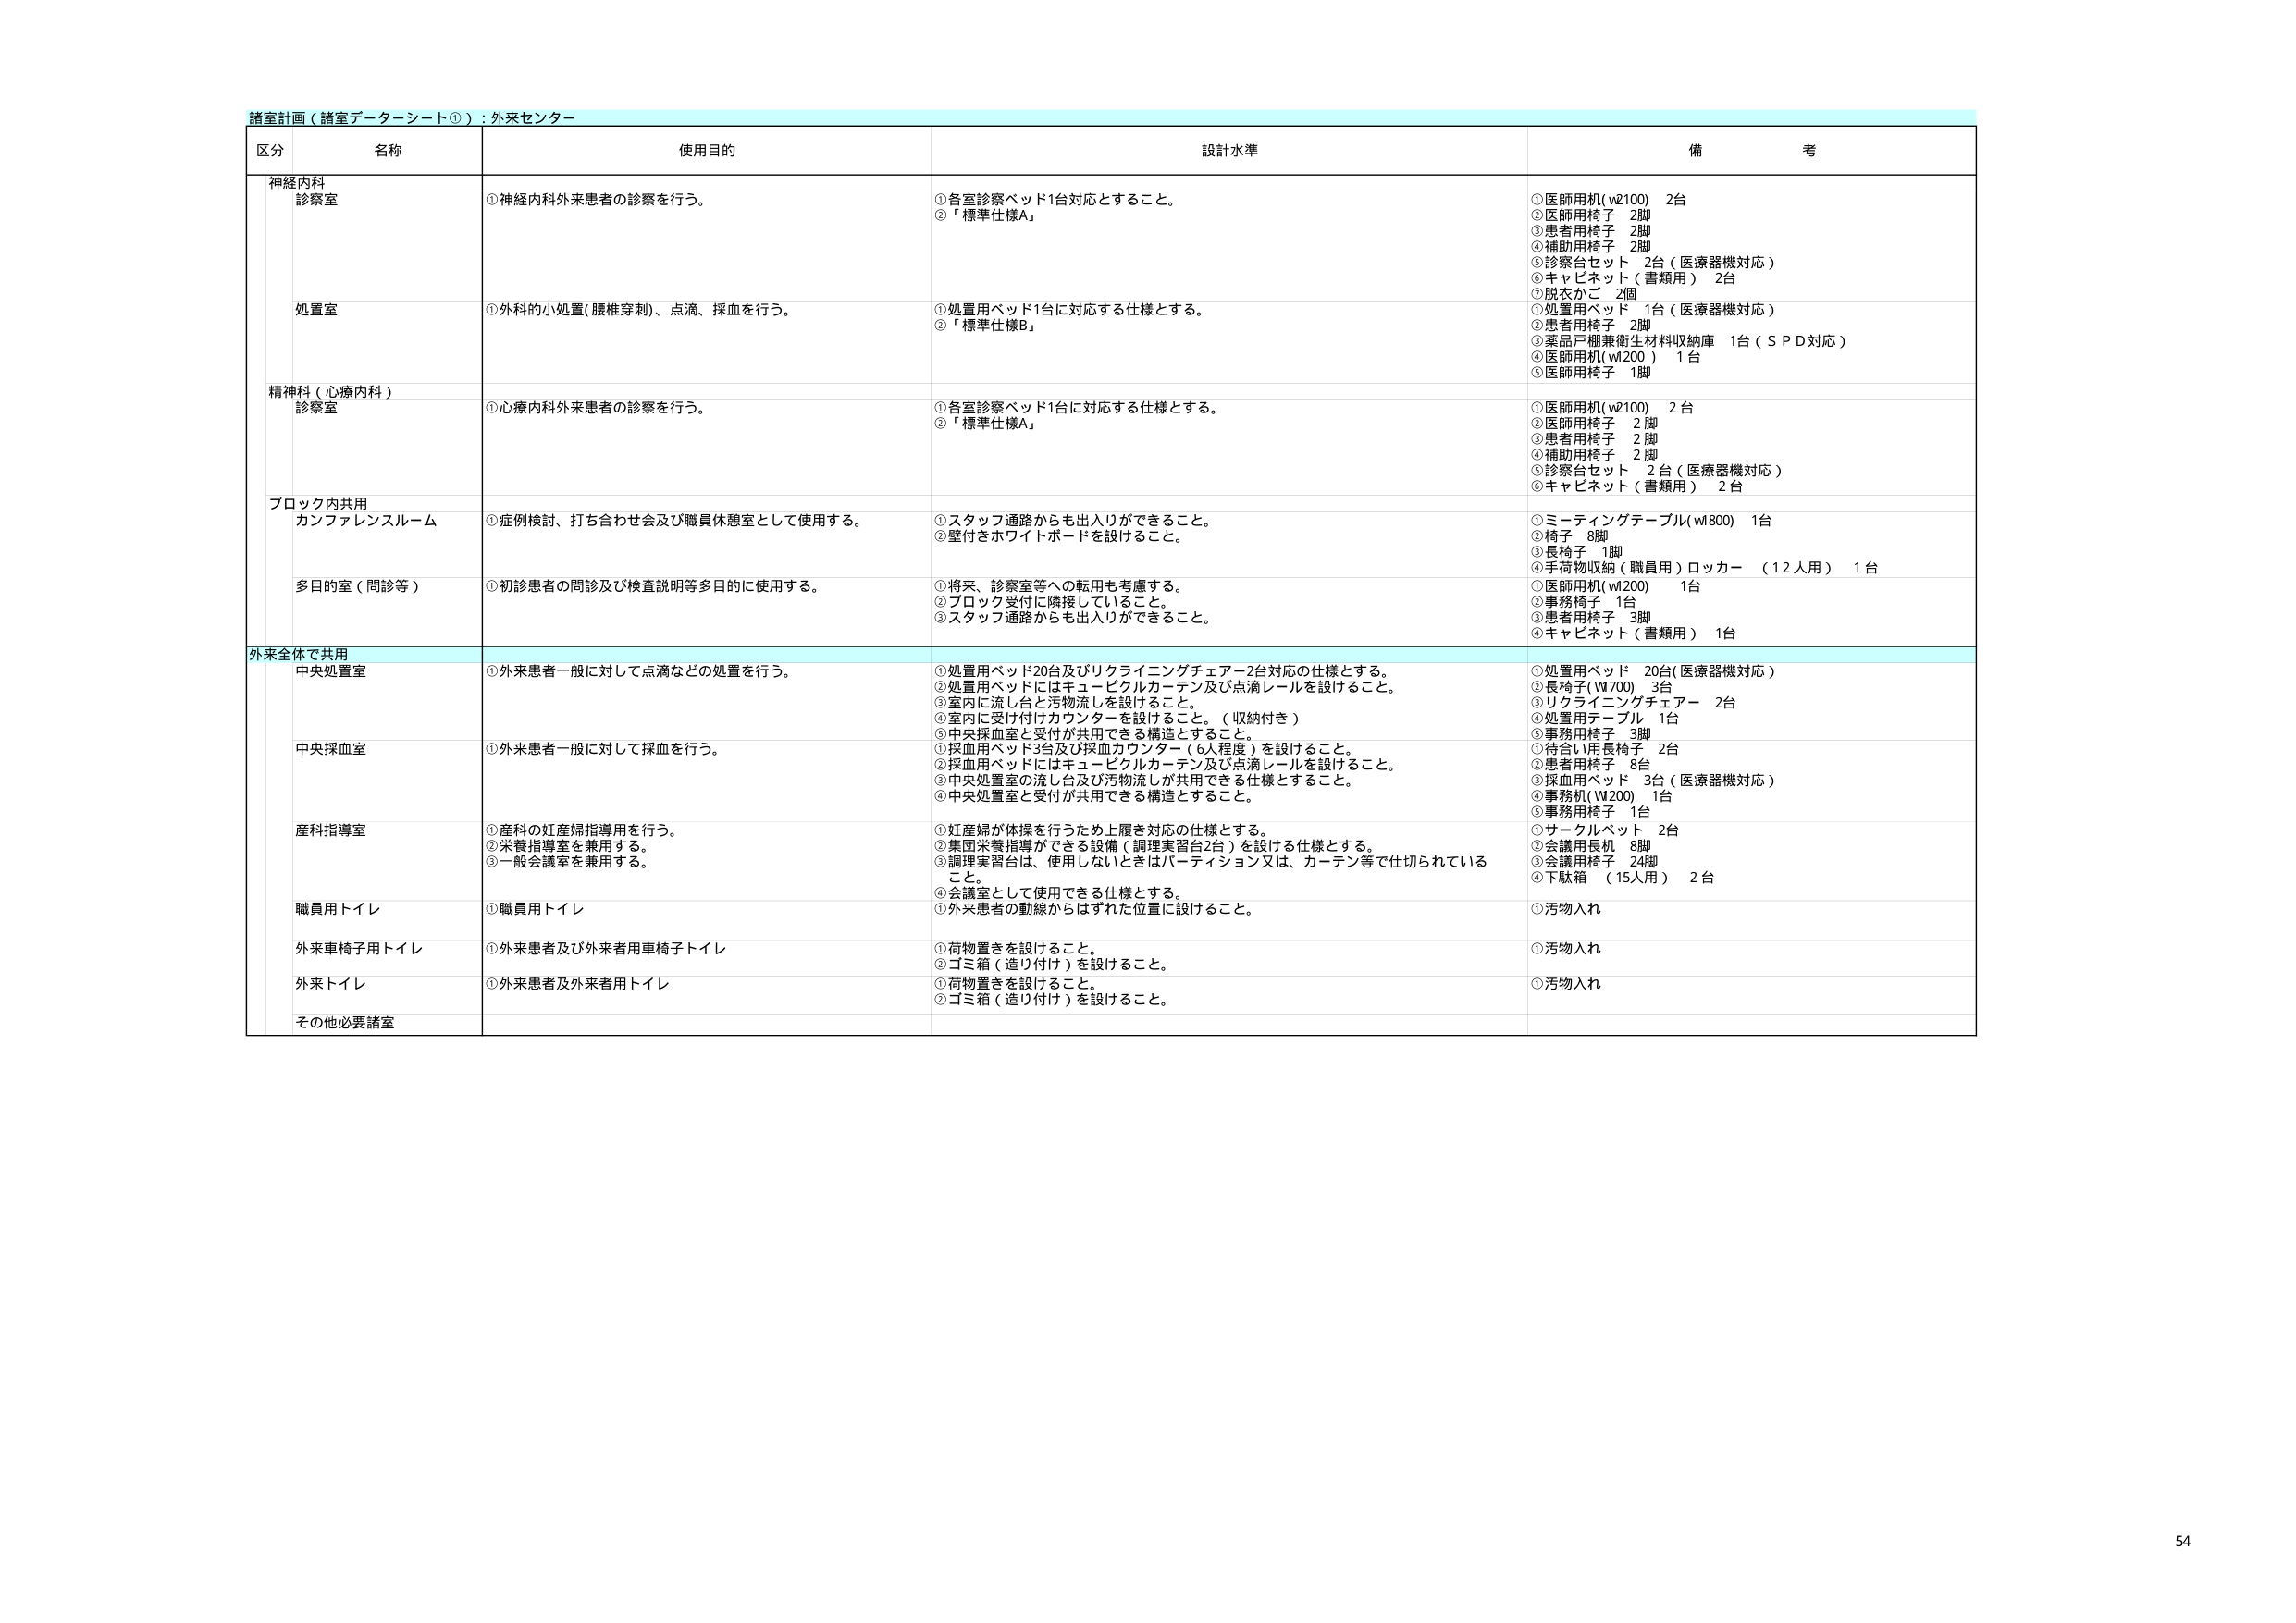
諸室計画（諸室データシート①）：外来センター

区分 名称 使用目的 設計水準 備考

神経内科
診察室 ①神経内科外来患者の診察を行う。 ①各室診察ベッド1台対応とすること。 ②「標準仕様A」 ①医師用机（w2100） 2台 ②医師用椅子 2脚 ③患者用椅子 2脚 ④補助用椅子 2脚 ⑤診察台セット 2台（医療器機対応） ⑥キャビネット（書類用） 2台 ⑦脱衣かご 2個

処置室 ①外科的小処置（腰椎穿刺）、点滴、採血を行う。 ①処置用ベッド1台に対応する仕様とする。 ②「標準仕様B」 ①処置用ベッド 1台（医療器機対応） ②患者用椅子 2脚 ③薬品戸棚兼衛生材料収納庫 1台（ＳＰＤ対応） ④医師用机（w200） 1台 ⑤医師用椅子 1脚

精神科（心療内科）
診察室 ①心療内科外来患者の診察を行う。 ①各室診察ベッド1台に対応する仕様とする。 ②「標準仕様A」 ①医師用机（w2100） 2台 ②医師用椅子 2脚 ③患者用椅子 2脚 ④補助用椅子 2脚 ⑤診察台セット 2台（医療器機対応） ⑥キャビネット（書類用） 2台

ブロック内共用
カンファレンスルーム ①症例検討、打ち合わせ会及び職員休憩室として使用する。 ①スタッフ通路からも出入りができること。 ②壁付きホワイトボードを設けること。 ①ミーティングテーブル（w1800） 1台 ②椅子 8脚 ③長椅子 1脚 ④手荷物収納（職員用）ロッカー （12人用） 1台

多目的室（問診等） ①初診患者の問診及び検査説明等多目的に使用する。 ①将来、診察室等への転用も考慮する。 ②ブロック受付に隣接していること。 ③スタッフ通路からも出入りができること。 ①医師用机（w200） 1台 ②事務用椅子 1台 ③患者用椅子 3脚 ④キャビネット（書類用） 1台

外来全体で共用
中央処置室 ①外来患者一般に対して点滴などの処置を行う。 ①処置用ベッド20台及びリクライニングチェアー2台対応の仕様とする。 ②処置用ベッドにはキュービクルカーテン及び点滴レールを設けること。 ③室内に流し台と汚物流しを設けること。 ④室内に受け付けカウンターを設けること。（収納付き） ⑤中央採血室と受付が共用できる構造とすること。 ①処置用ベッド 20台（医療器機対応） ②長椅子（W700） 3台 ③リクライニングチェアー 2台 ④処置用テーブル 1台 ⑤事務用椅子 3脚

中央採血室 ①外来患者一般に対して採血を行う。 ①採血用ベッド3台及び採血カウンター（6人程度）を設けること。 ②採血用ベッドにはキュービクルカーテン及び点滴レールを設けること。 ③中央処置室の流し台及び汚物流しが共用できる仕様とすること。 ④中央処置室と受付が共用できる構造とすること。 ①待合い用長椅子 2台 ②患者用椅子 8台 ③採血用ベッド 3台（医療器機対応） ④事務机（W200） 1台 ⑤事務用椅子 1台

産科指導室 ①産科の妊産婦指導用を行う。 ②栄養指導室を兼用する。 ③一般会議室を兼用する。 ①妊産婦が体操を行うため上履き対応の仕様とする。 ②集団栄養指導ができる設備（調理実習台2台）を設ける仕様とする。 ③調理実習台は、使用しないときはパーティション又は、カーテン等で仕切られていること。 ④会議室として使用できる仕様とする。 ⑤外来患者の動線からはずれた位置に設けること。 ①サークルベット 2台 ②会議用長机 8脚 ③会議用椅子 24脚 ④下駄箱 （15人用） 2台

職員用トイレ ①職員用トイレ ①汚物入れ

外来車椅子用トイレ ①外来患者及び外来者用車椅子トイレ ①荷物置きを設けること。 ②ゴミ箱（造り付け）を設けること。 ①汚物入れ

外来トイレ ①外来患者及外来者用トイレ ①荷物置きを設けること。 ②ゴミ箱（造り付け）を設けること。 ①汚物入れ

その他必要諸室

54